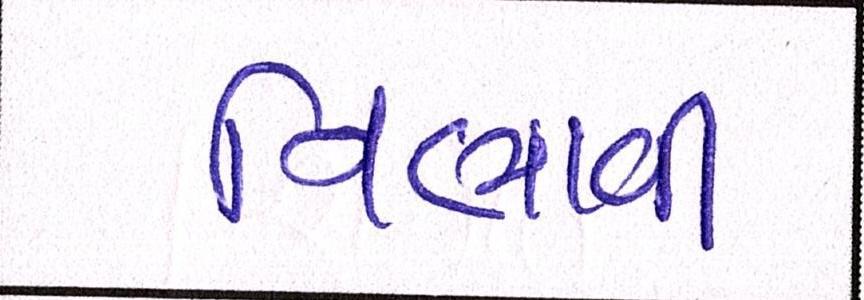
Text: નિભાવી